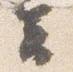
云